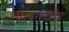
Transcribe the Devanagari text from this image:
परंपराकेंद्रित